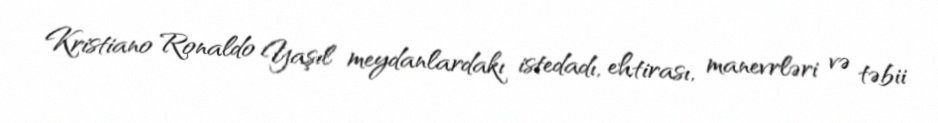
Kristiano Ronaldo Yaşıl meydanlardakı istedadı, ehtirası, manevrləri və təbii